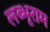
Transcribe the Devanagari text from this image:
लब्भूराम